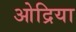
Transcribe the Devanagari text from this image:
ओद्रिया